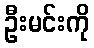
ဦးမင်းကို